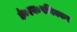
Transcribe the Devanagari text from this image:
के०एन०पणिक्कर